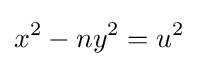
x^{2}-ny^{2}=u^{2}